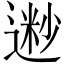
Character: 𫐽